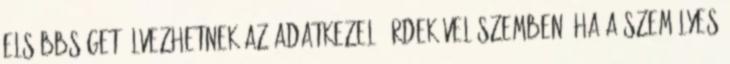
elsőbbséget élvezhetnek az adatkezelő érdekével szemben, ha a személyes